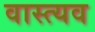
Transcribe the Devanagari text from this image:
वास्त्यव